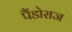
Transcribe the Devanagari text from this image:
पैंडोराज